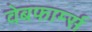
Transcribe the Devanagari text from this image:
वेबफार्म्स